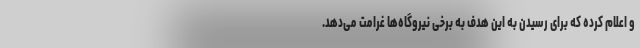
و اعلام کرده که برای رسیدن به این هدف به برخی نیروگاه‌ها غرامت می‌دهد.